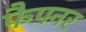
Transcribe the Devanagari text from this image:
फैफ्नर